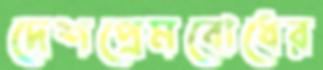
দেশপ্রেমবোধের